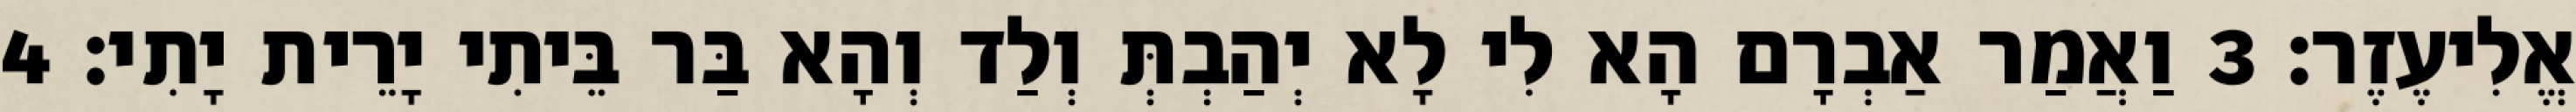
אֱלִיעֶזֶר׃ 3 וַאֲמַר אַבְרָם הָא לִי לָא יְהַבְתְּ וְלַד וְהָא בַּר בֵּיתִי יָרֵית יָתִי׃ 4